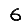
Digit: 6